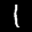
Label: 1